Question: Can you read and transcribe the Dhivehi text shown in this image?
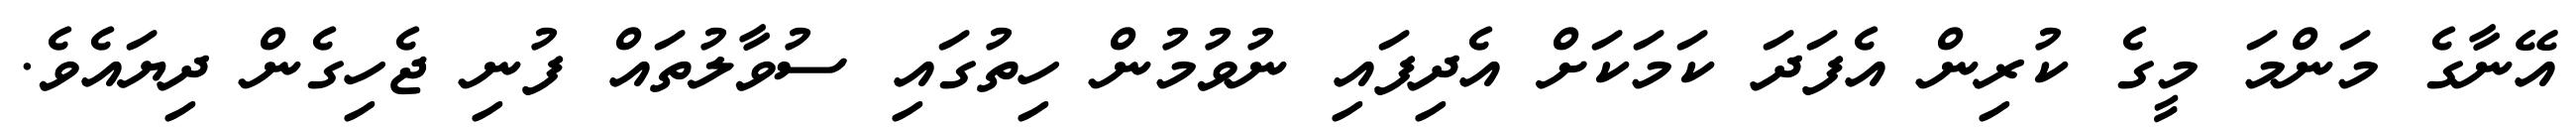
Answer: އޭނާގެ މަންމަ މީގެ ކުރިން އެފަދަ ކަމަކަށް އެދިފައި ނުވުމުން ހިތުގައި ސުވާލުތައް ފުނި ޖެހިގެން ދިޔައެވެ.